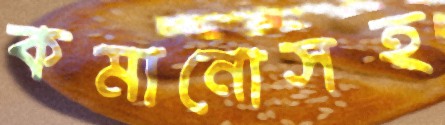
কমানোসহ